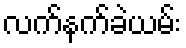
လက်နက်ခဲယမ်း